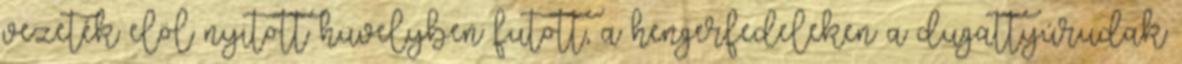
vezeték elöl nyitott hüvelyben futott, a hengerfedeleken a dugattyúrudak